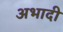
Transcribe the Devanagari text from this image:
अभादी